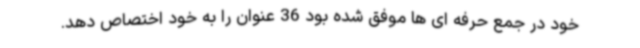
خود در جمع حرفه ای ها موفق شده بود 36 عنوان را به خود اختصاص دهد.